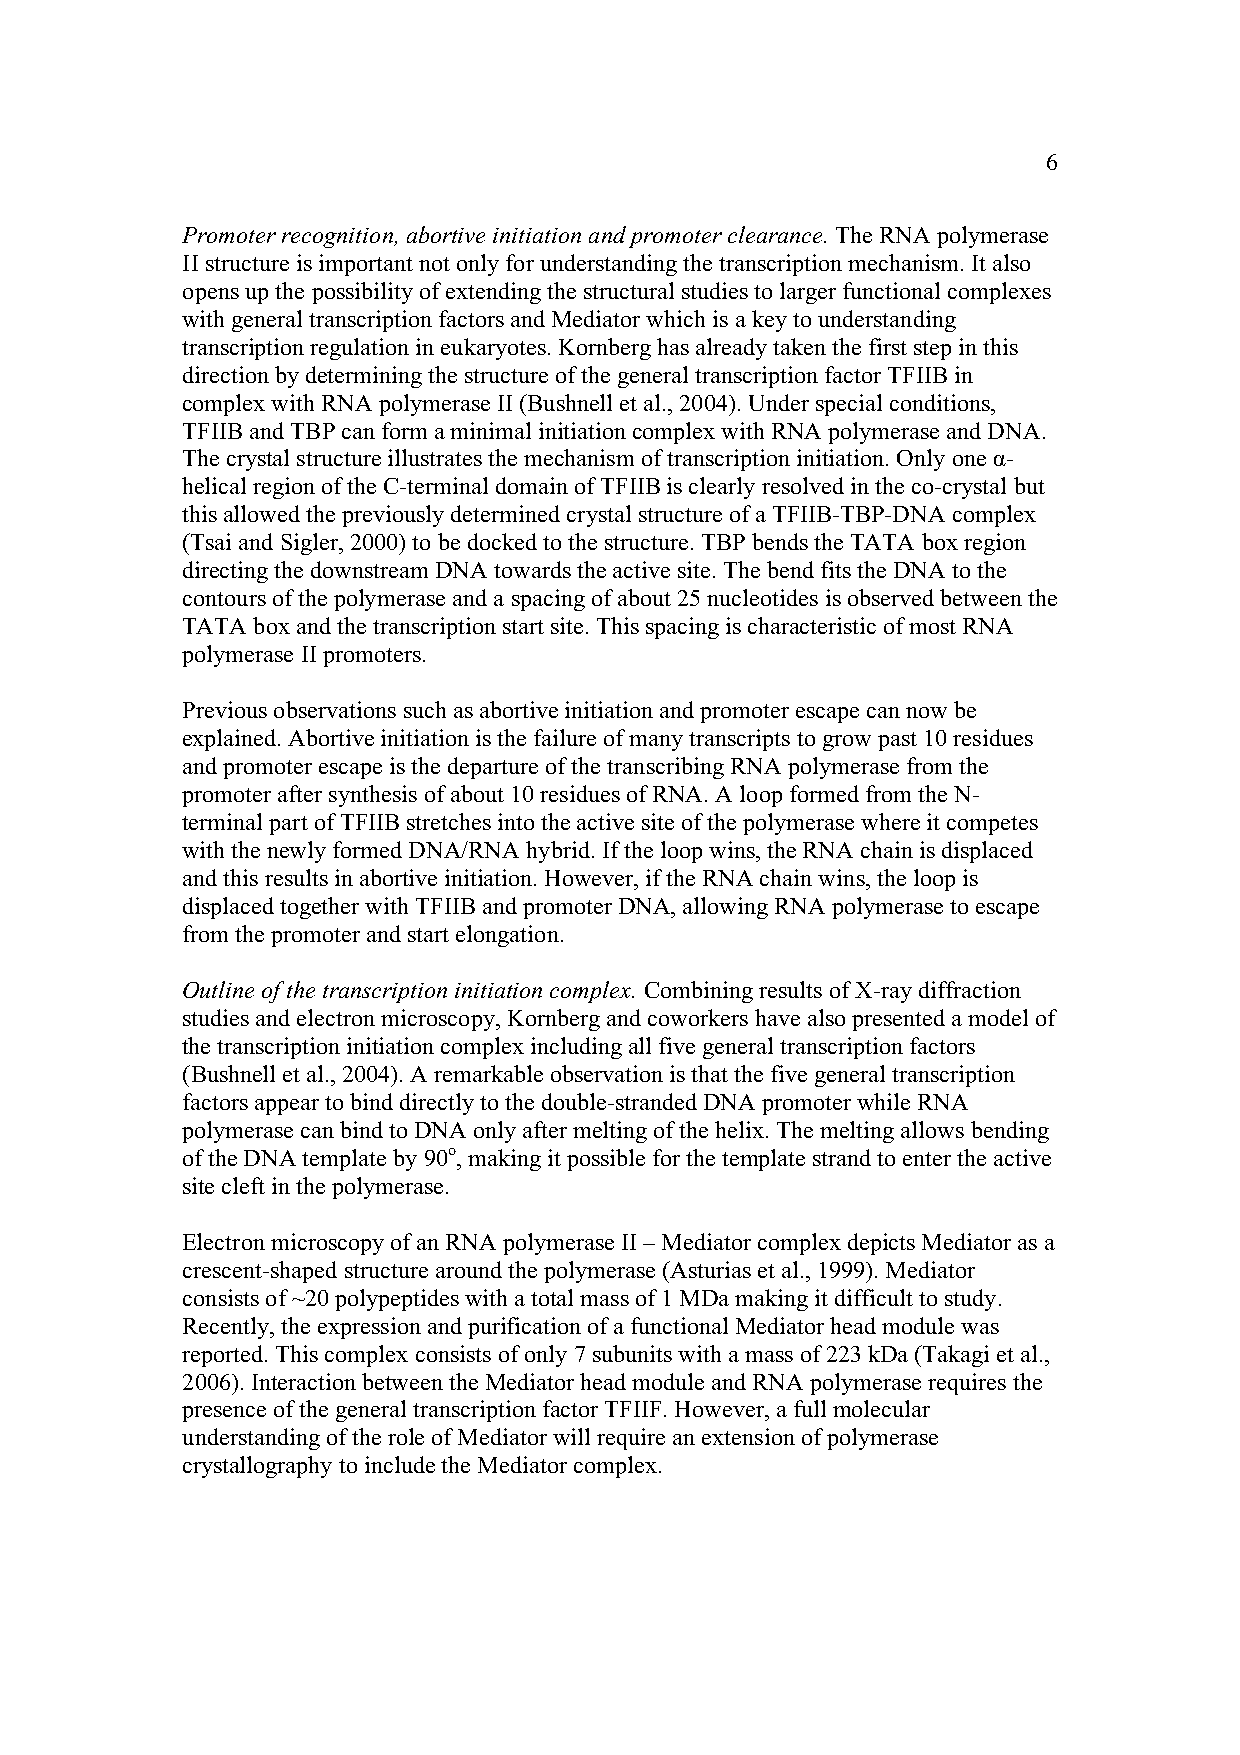
6
 Promoter recognition, abortive initiation and promoter clearance. The RNA polymerase
 II structure is important not only for understanding the transcription mechanism. It also
 opens up the possibility of extending the structural studies to larger functional complexes
 with general transcription factors and Mediator which is a key to understanding
 transcription regulation in eukaryotes. Kornberg has already taken the first step in this
 direction by determining the structure of the general transcription factor TFIIB in
 complex with RNA polymerase II (Bushnell et al., 2004). Under special conditions,
 TFIIB and TBP can form a minimal initiation complex with RNA polymerase and DNA.
 The crystal structure illustrates the mechanism of transcription initiation. Only one α-
 helical region of the C-terminal domain of TFIIB is clearly resolved in the co-crystal but
 this allowed the previously determined crystal structure of a TFIIB-TBP-DNA complex
 (Tsai and Sigler, 2000) to be docked to the structure. TBP bends the TATA box region
 directing the downstream DNA towards the active site. The bend fits the DNA to the
 contours of the polymerase and a spacing of about 25 nucleotides is observed between the
 TATA box and the transcription start site. This spacing is characteristic of most RNA
 polymerase II promoters.
 Previous observations such as abortive initiation and promoter escape can now be
 explained. Abortive initiation is the failure of many transcripts to grow past 10 residues
 and promoter escape is the departure of the transcribing RNA polymerase from the
 promoter after synthesis of about 10 residues of RNA. A loop formed from the N-
 terminal part of TFIIB stretches into the active site of the polymerase where it competes
 with the newly formed DNA/RNA hybrid. If the loop wins, the RNA chain is displaced
 and this results in abortive initiation. However, if the RNA chain wins, the loop is
 displaced together with TFIIB and promoter DNA, allowing RNA polymerase to escape
 from the promoter and start elongation.
 Outline of the transcription initiation complex. Combining results of X-ray diffraction
 studies and electron microscopy, Kornberg and coworkers have also presented a model of
 the transcription initiation complex including all five general transcription factors
 (Bushnell et al., 2004). A remarkable observation is that the five general transcription
 factors appear to bind directly to the double-stranded DNA promoter while RNA
 polymerase can bind to DNA only after melting of the helix. The melting allows bending
 of the DNA template by 90o, making it possible for the template strand to enter the active
 site cleft in the polymerase.
 Electron microscopy of an RNA polymerase II – Mediator complex depicts Mediator as a
 crescent-shaped structure around the polymerase (Asturias et al., 1999). Mediator
 consists of ~20 polypeptides with a total mass of 1 MDa making it difficult to study.
 Recently, the expression and purification of a functional Mediator head module was
 reported. This complex consists of only 7 subunits with a mass of 223 kDa (Takagi et al.,
 2006). Interaction between the Mediator head module and RNA polymerase requires the
 presence of the general transcription factor TFIIF. However, a full molecular
 understanding of the role of Mediator will require an extension of polymerase
 crystallography to include the Mediator complex.